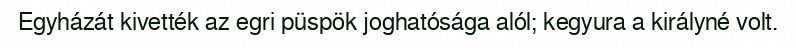
Egyházát kivették az egri püspök joghatósága alól; kegyura a királyné volt.